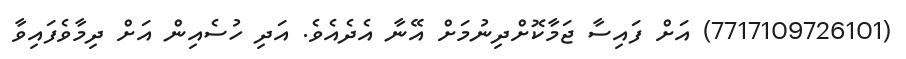
(7717109726101) އަށް ފައިސާ ޖަމާކޮށްދިނުމަށް އޭނާ އެދެއެވެ. އަދި ހުސެއިން އަށް ދިމާވެފައިވާ